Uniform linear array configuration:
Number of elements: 8
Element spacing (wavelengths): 1
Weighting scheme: binomial
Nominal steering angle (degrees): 15
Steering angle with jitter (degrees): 16.389
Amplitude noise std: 0.05
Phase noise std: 0.05

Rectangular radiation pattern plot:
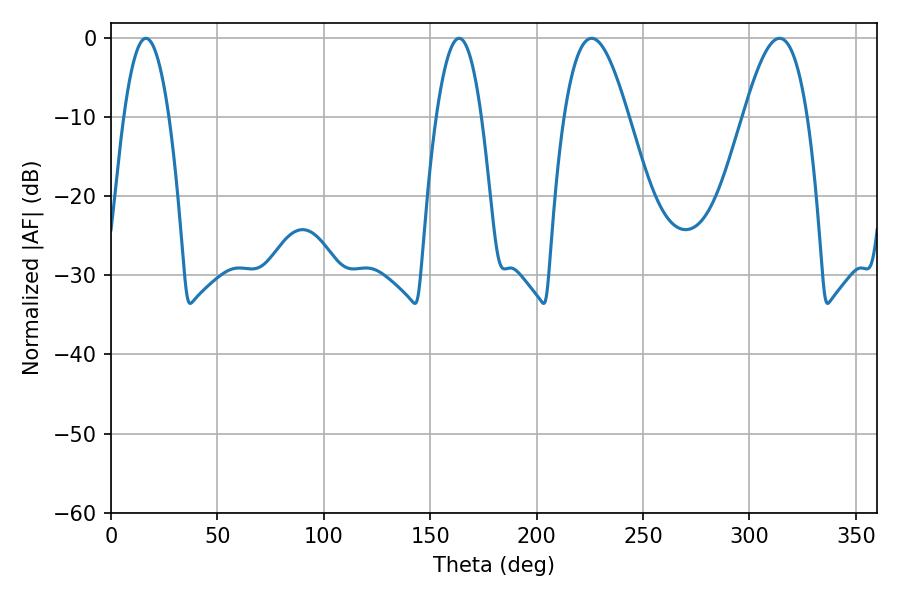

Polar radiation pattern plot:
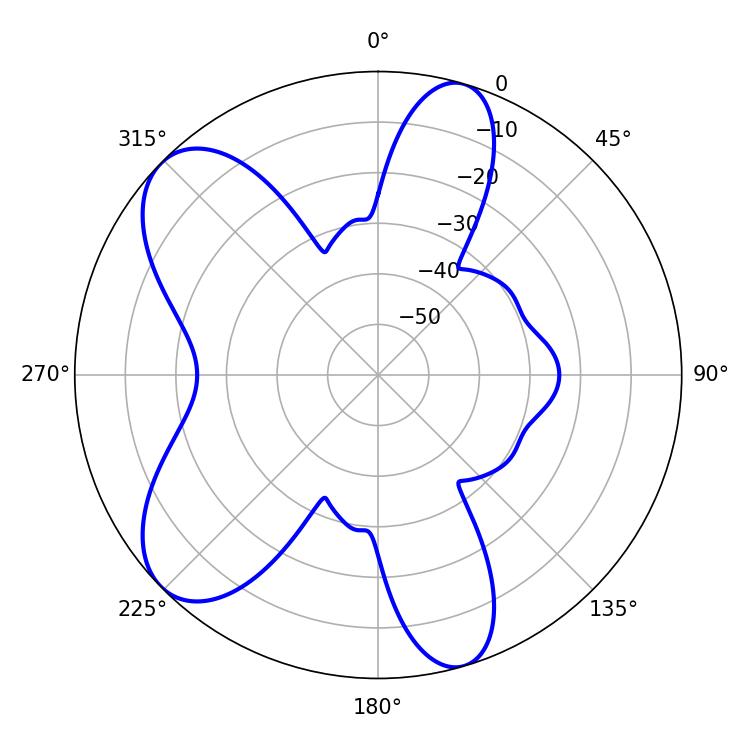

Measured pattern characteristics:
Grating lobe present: TRUE
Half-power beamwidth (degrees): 11.7
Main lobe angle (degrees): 16.38